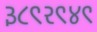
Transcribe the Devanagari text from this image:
३८९२९४९